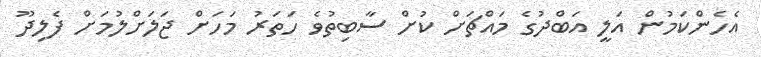
އެހެންކަމުން އަލީ އަބްދުގެ މައްޗަށް ކުށް ސާބިތުވެ ހަތަރު މަަހަށް ޖަލަށްލުމަށް ފެލިދޫ